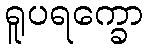
ရူပရက္ခော